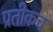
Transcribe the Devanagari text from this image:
प्रतीकच